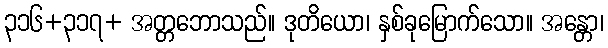
၃၁၆+၃၁၇+ အတ္တဘောသည်။ ဒုတိယော၊ နှစ်ခုမြောက်သော။ အန္တော၊